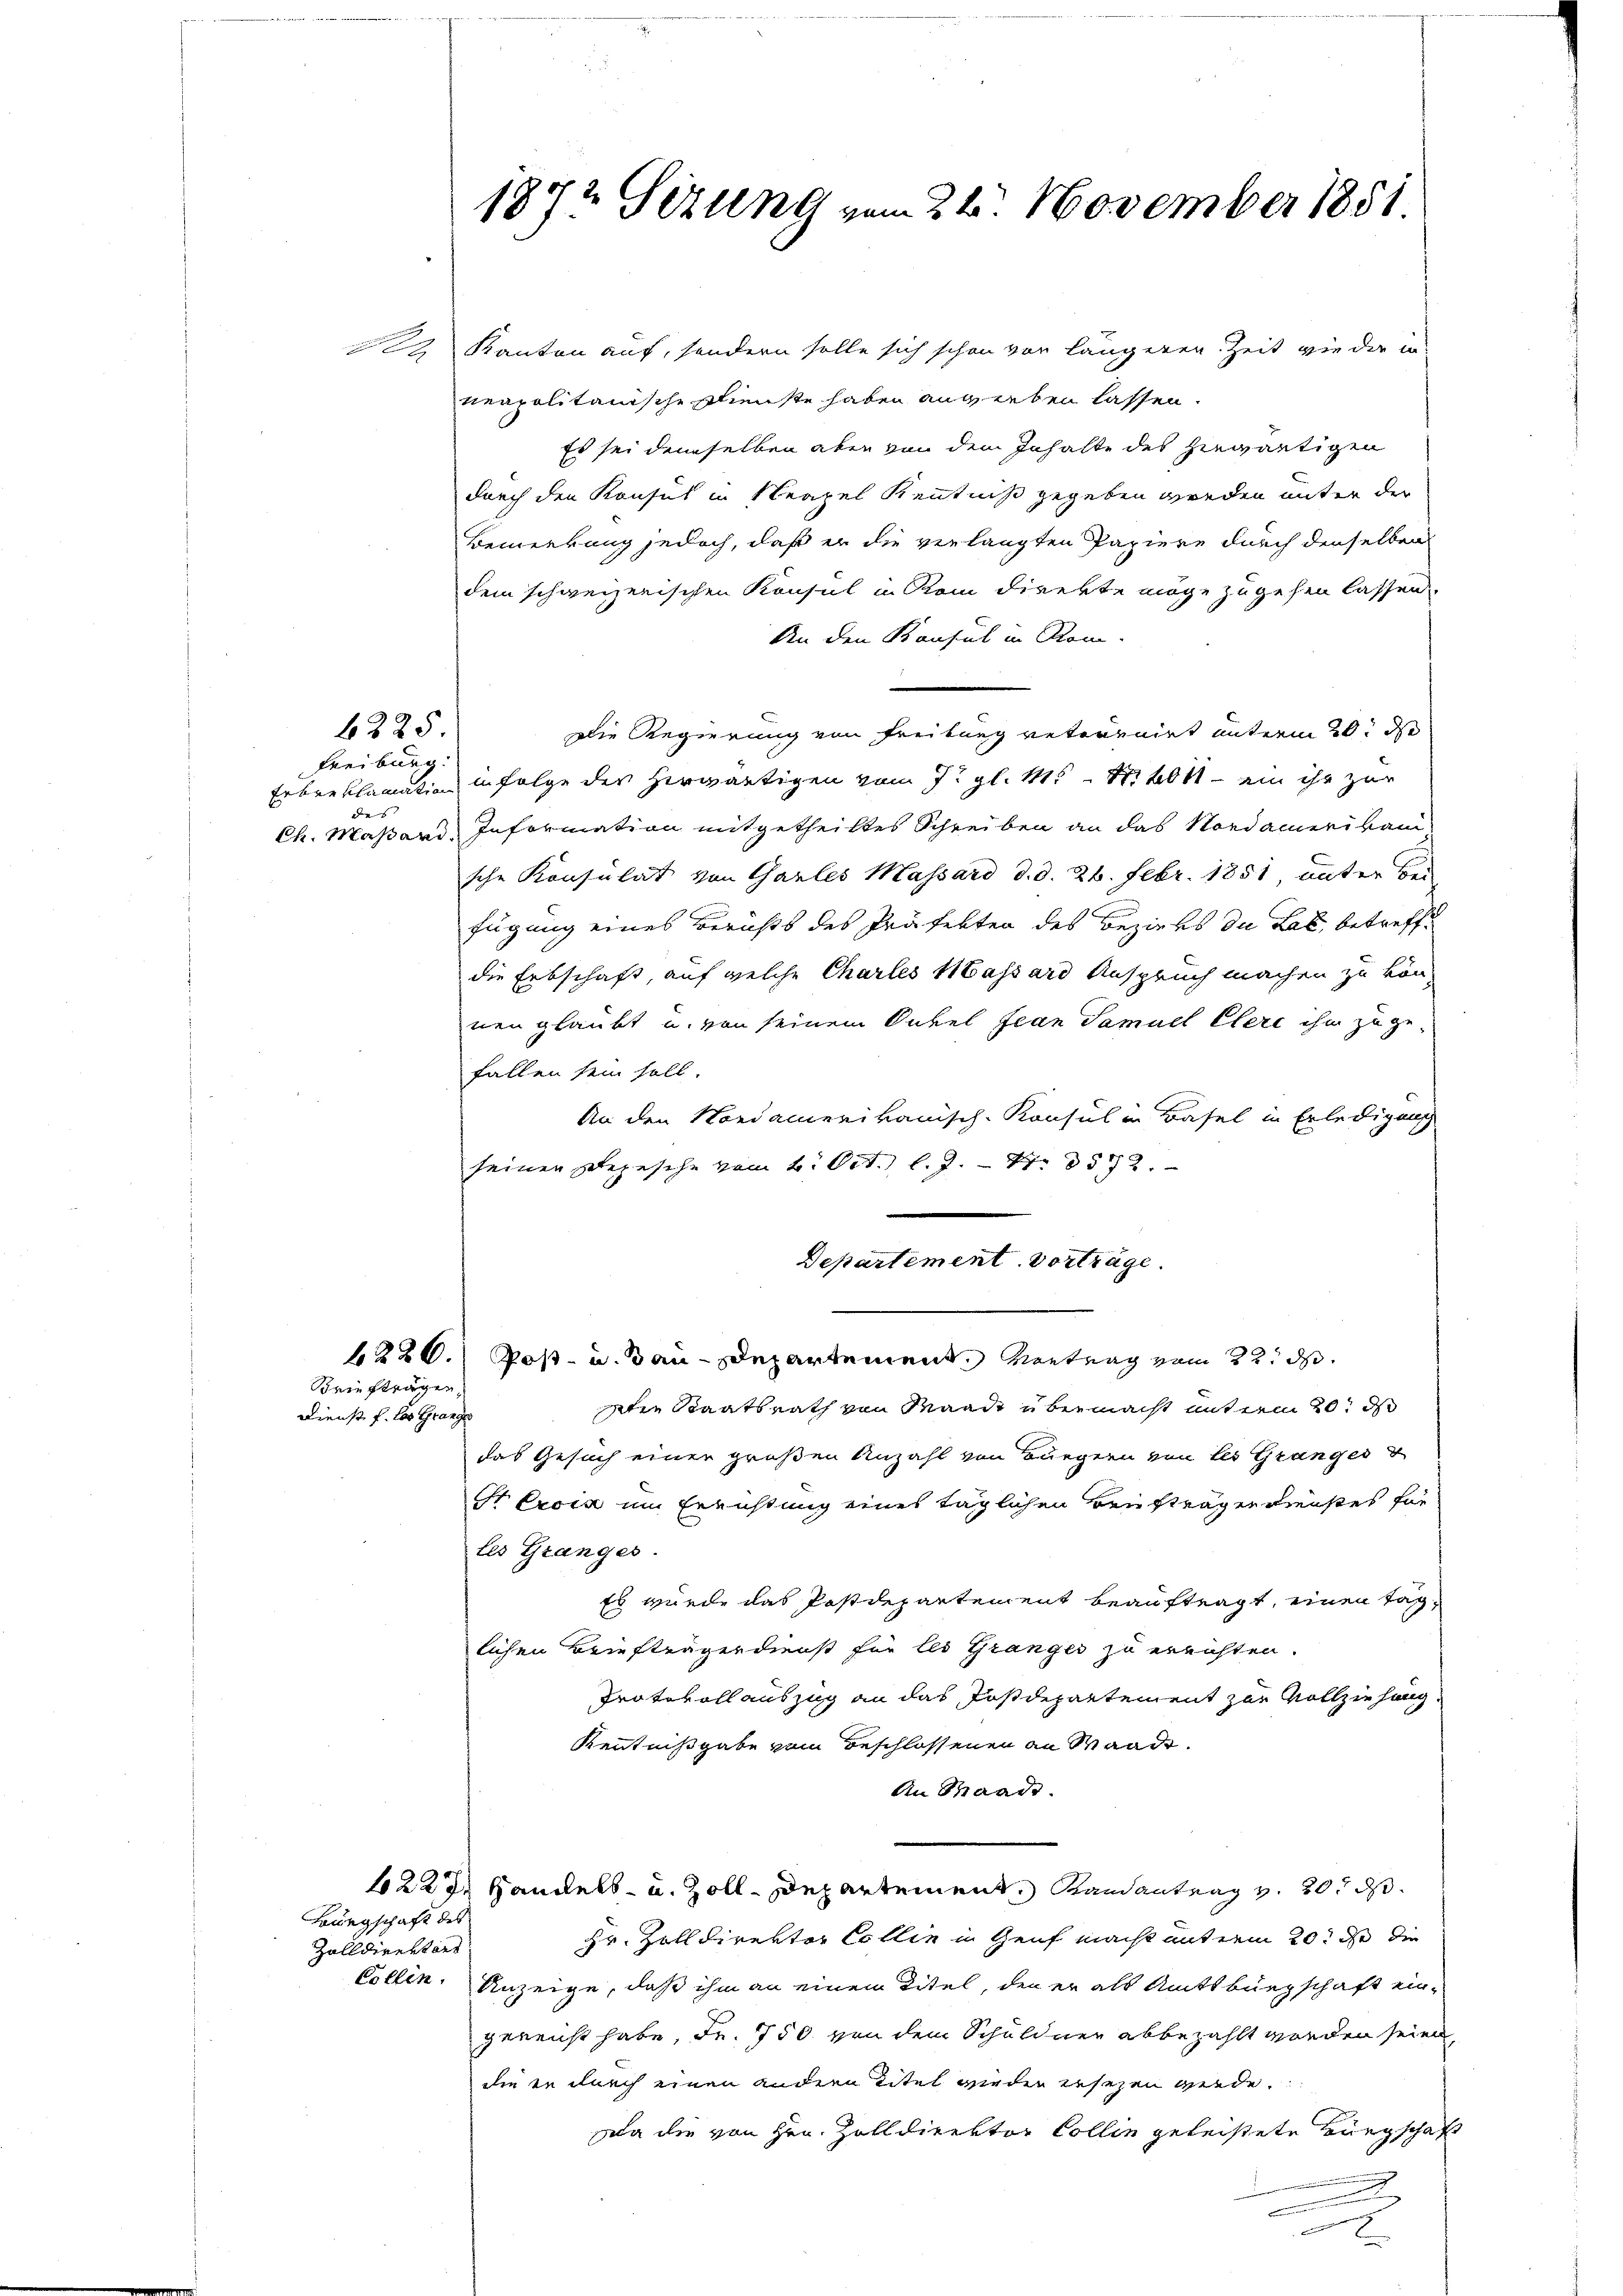
6225

Freiburg.
des

Brieftragen
Dienst f. les Grange

Bürgschaft des
Zolldirektors

1872 Sizung vom 22. November 1851.

12 Kanton auf, sondern solle sich schon vor längeren Zeit wie der in
neapolitanische Dienste haben anverben lassen.
Es sei demselben aber von dem Inhalte des hiewärtigen
durch den Konsul in Neapel Kenntniß gegeben werden unter der
Bemerkung jedoch, daß er die verlangten Papiere durch denselben
dem schweizerischen Konsul in Rom direkte möge zugehen lassen.
An den Konsul in Rom.
Die Regierung von Freibung retournirt unterm 20. ds
Erbenklamation in folge der herwärtigen vom 7. gl. M. 1601 ein ihr zur
Ch. Maßand, Information mitgetheiltes Schreiben an das Nordamerikani-
sche Konsulat von Gartes Massard d. d. 26. Febr. 1851, unter Ber
fügung eines Berichts des Präfekten des Bezirks du Lat, betreffe
die Erbschaft, auf welche Charles Massard Anspruch machen zu können glaubt u. von seinem Onkel fian Samuel Clere ihm zu gefallen sein soll.
An den Nordamerikanisch-Konsul in Basel in Erledigung
seinen Depesche vom 6. Oct. l. J. Nr. 8572.
Departement. Vorträge.
1226. Post- u. Bau-Departement. Vortrag vom 22. d.
aten Staatsrath von Mande übermacht mit erm 20. d
das Gesuch einer großen Anzahl von Bürgern von des Granges d
Sr Excia um Errichtung eines täglichen Beiträgen dienstes für
les Granges.
Es wurde das Postdepartement beauftragt, einen Taglichen Briefträgerdienst für les Granges zu errichten.
Protokollauszug an das Postdepartement zur Vollziehung.
Kenntnißgabe vom Beschlossenen an Waadt.
An Baade.
4228. Handels- u. Zolldepartement Randantrag v. 20. d.
Hr. Zolldirektor Collin in Genf macht miterm 20. de die
Collen. Anzeige, daß ihm an einem Titel, den er als Amtsburgschaft ein-
gereicht habe, Fr. 750 von dem Schuldner abbezahlt worden seien,
die er durch einen andern Titel wieder ersezen werde.
Da die von Hrn. Zolldirektor Collin geleistete Bürgschaft
e